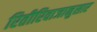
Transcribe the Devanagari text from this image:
रितीरिवाजानुसार